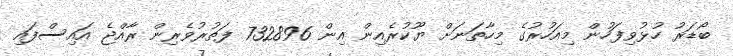
ބޯޑަރު ހުޅުވިފަހުން މިއަހުރުގެ މިހާތަނަށް ޔޫކުރެއިން އިން 732896 ފަތުރުވެރިން ރާއްޖެ އައިސްފައި